Indian journal of veterinary science and animal husbandry - Volumes 18-21, 1948-1951
Year: 1948
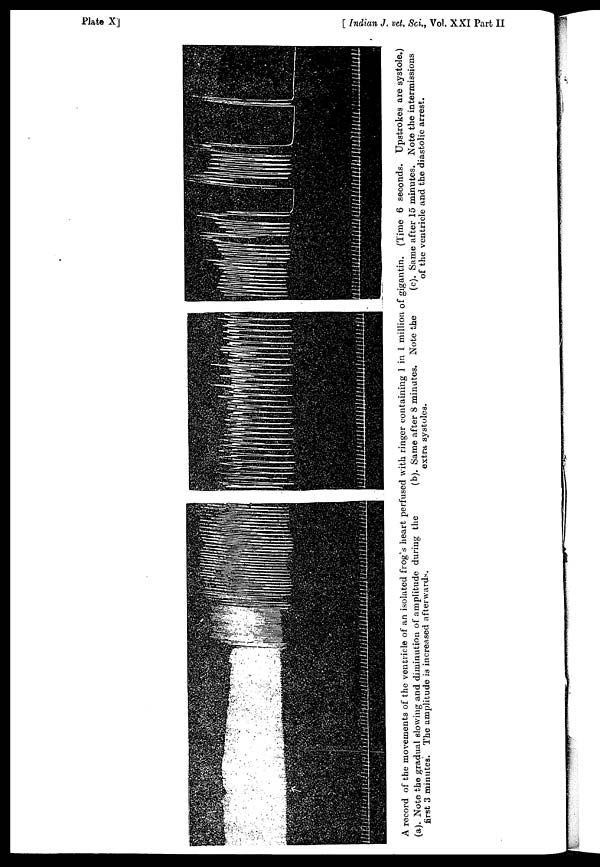
Plate X]
[ Indian J. vet. Sci., Vol. XXI Part II
A record of the movements of the ventricle of an isolated frog's heart perfused with ringer containing 1 in 1 million of gigantin. (Time 6 seconds. Upstrokes are systole.)
(a). Note the gradual slowing and diminution of amplitude during the
first 3 minutes. The amplitude is increased afterwards.
(b). Same after 8 minutes. Note the
extra systoles.
(c). Same after 15 minutes. Note the intermissions
of the ventricle and the diastolic arrest.